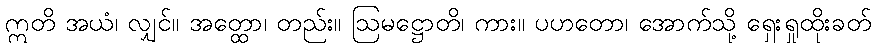
ဣတိ အယံ၊ လျှင်။ အတ္ထော၊ တည်း။ ဩမဋ္ဌောတိ၊ ကား။ ပဟတော၊ အောက်သို့ ရှေးရှုထိုးခတ်